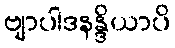
ဗျာပါဒနန္ဒိယာပိ